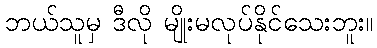
ဘယ်သူမှ ဒီလို မျိုးမလုပ်နိုင်သေးဘူး။